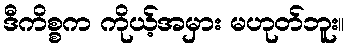
ဒီကိစ္စက ကိုယ့်အမှား မဟုတ်ဘူး။